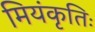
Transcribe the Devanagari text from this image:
मियंकृतिः